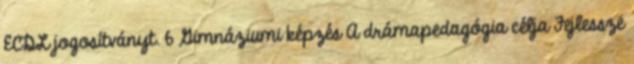
ECDL jogosítványt. 6 Gimnáziumi képzés A drámapedagógia célja Fejlessze